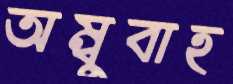
অম্বুবাহ